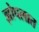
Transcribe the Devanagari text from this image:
झोपलात